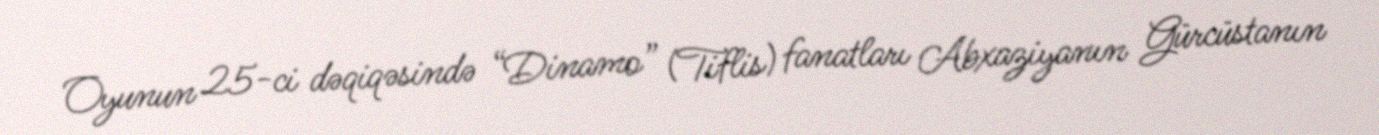
Oyunun 25-ci dəqiqəsində “Dinamo” (Tiflis) fanatları Abxaziyanın Gürcüstanın